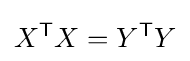
X^{\textsf {T}}X=Y^{\textsf {T}}Y